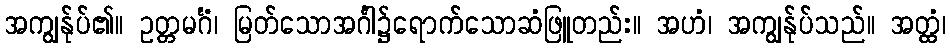
အကျွန်ုပ်၏။ ဥတ္တမင်္ဂံ၊ မြတ်သောအင်္ဂါ၌ရောက်သောဆံဖြူတည်း။ အဟံ၊ အကျွန်ုပ်သည်။ အတ္ထံ၊